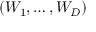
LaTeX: ( W _ { 1 } , \ldots , W _ { D } )